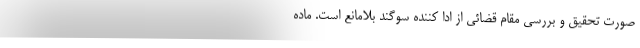
صورت تحقیق و بررسی مقام قضائی از ادا کننده سوگند بلامانع است. ماده